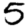
Digit: 5